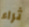
ثراء